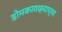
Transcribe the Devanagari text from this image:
डोमकावळ्याच्या